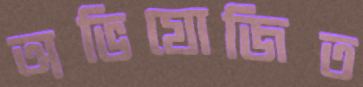
অভিযোজিত